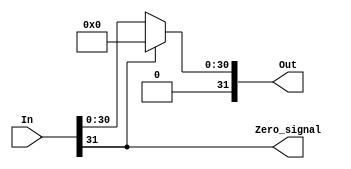
module AF(In , Out , Zero_signal);
    input [31:0] In;
    output reg [31:0] Out;
    output reg [0:0] Zero_signal;


    always @(In) begin
	if(In[31] == 1'b1) Out = 32'b0;
	else Out = In;
	Zero_signal = In[31];
    end
endmodule